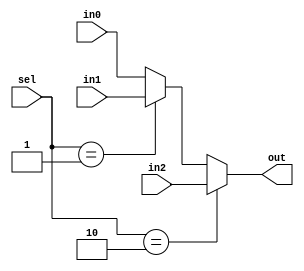
module mux3x1 #(parameter n = 32)(
input wire [1:0] sel   ,
input wire [n-1:0] in0 , in1 , in2,
output reg [n-1:0] out
);

always@(*) 
 begin
  if(sel == 2'b10 )
    begin
	    out = in2 ;
	  end
  else if (sel == 2'b01)
	  begin
	    out = in1 ;
	  end
	else if (sel == 2'b00)
	  begin
	    out = in0 ;
	  end   
	 else
	   begin
	     out = in0 ; 
	   end
end

endmodule